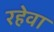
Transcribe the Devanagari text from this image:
रहेवा